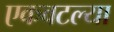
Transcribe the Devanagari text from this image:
एकवटल्या